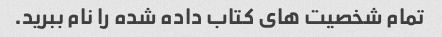
تمام شخصیت های کتاب داده شده را نام ببرید.